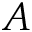
A